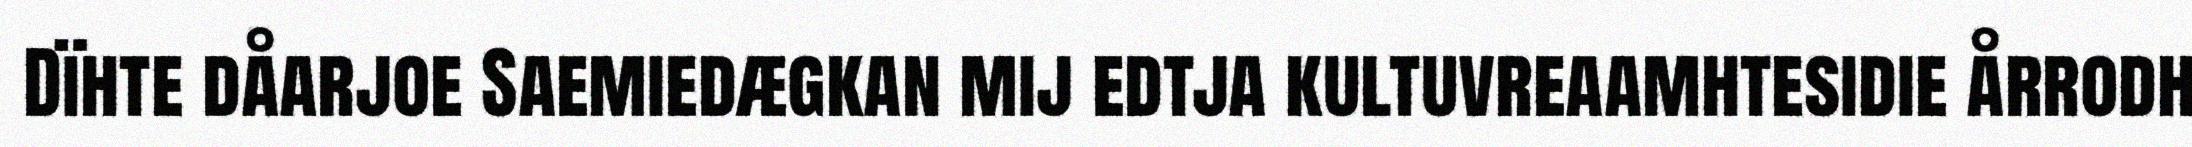
Dïhte dåarjoe Saemiedægkan mij edtja kultuvreaamhtesidie årrodh